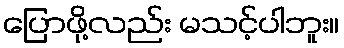
ပြောဖို့လည်း မသင့်ပါဘူး။